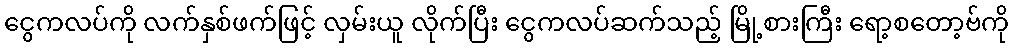
ငွေကလပ်ကို လက်နှစ်ဖက်ဖြင့် လှမ်းယူ လိုက်ပြီး ငွေကလပ်ဆက်သည့် မြို့စားကြီး ရော့စတော့ဗ်ကို